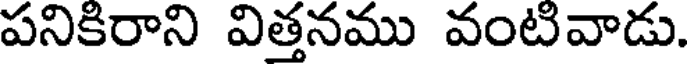
పనికిరాని విత్తనము వంటివాడు.